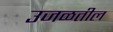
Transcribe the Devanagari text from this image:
उजळतील